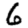
Digit: 6